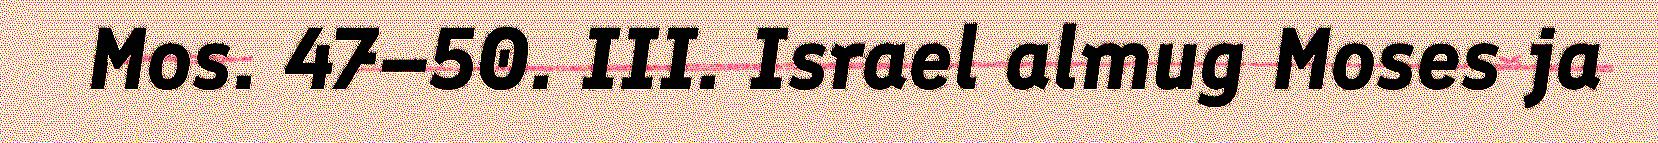
Mos. 47–50. III. Israel almug Moses ja